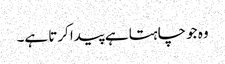
وہ جو چاہتا ہے پیدا کرتا ہے۔